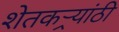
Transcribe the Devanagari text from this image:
शेतकऱ्र्‍यांठी